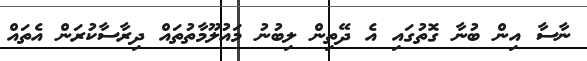
ނާސާ އިން ބުނާ ގޮތުގައި އެ ދޭތިން ލިބުނު މައުލޫމާތުތައް ދިރާސާކުރަން އެތައް